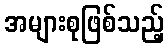
အများစုဖြစ်သည့်